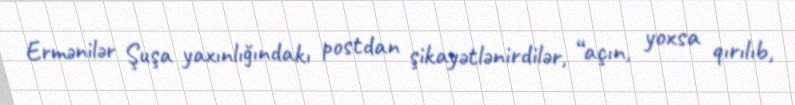
Ermənilər Şuşa yaxınlığındakı postdan şikayətlənirdilər, “açın, yoxsa qırılıb,